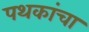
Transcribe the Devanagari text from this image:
पथकांचा